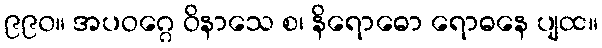
၉၉၀။ အပဝဂ္ဂေ ဝိနာသေ စ၊ နိရောဓော ရောဓနေ ပျထ။